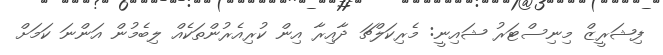
ފިޝަރީޒް މިނިސްޓަރު ޝައިނީ: މެރިކަލްޗަ ދާއިރާ އިން ކުރިއެރުންތަކެއް ލިބެމުން އަންނަ ކަމަށް